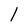
Character: l